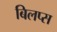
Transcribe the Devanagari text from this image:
बिलप्स